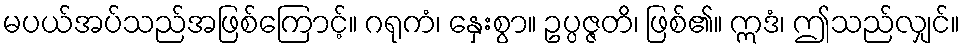
မပယ်အပ်သည်အဖြစ်ကြောင့်။ ဂရုကံ၊ နှေးစွာ။ ဥပ္ပဇ္ဇတိ၊ ဖြစ်၏။ ဣဒံ၊ ဤသည်လျှင်။